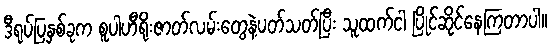
ဒီရုပ်ပြနှစ်ခုက စူပါဟီရိုးဇာတ်လမ်းတွေနဲ့ပတ်သတ်ပြီး သူထက်ငါ ပြိုင်ဆိုင်နေကြတာပါ။